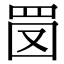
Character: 𦊔